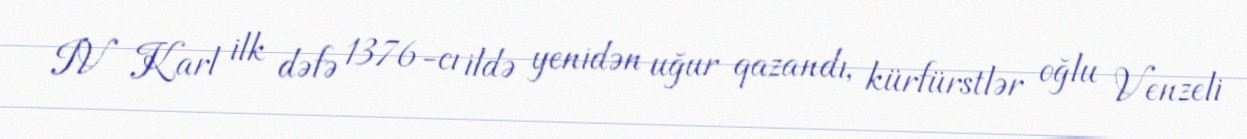
IV Karl ilk dəfə 1376-cı ildə yenidən uğur qazandı, kürfürstlər oğlu Venzeli